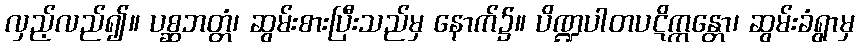
လှည့်လည်၍။ ပစ္ဆဘတ္တံ၊ ဆွမ်းစားပြီးသည်မှ နောက်၌။ ပိဏ္ဍပါတပဋိက္ကန္တော၊ ဆွမ်းခံရွာမှ